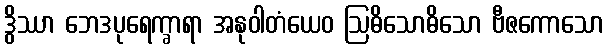
ဒွိဿာ ဘေဒပုရေက္ခာရာ အနုဝါတံယေဝ ဩဓိသောဓိသော ဗီဇကောသော